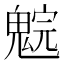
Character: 𩳚